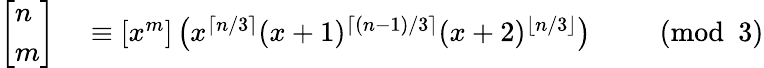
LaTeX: \begin{array}{rlrl}{\left[{\begin{array}{l}{n}\\ {m}\end{array}}\right]}&{{}\equiv[x^{m}]\left(x^{\lceil n/3\rceil}(x+1)^{\lceil(n-1)/3\rceil}(x+2)^{\lfloor n/3\rfloor}\right)}&{}&{{}{\pmod{3}}}\end{array}